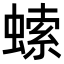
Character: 𧎳